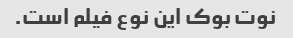
نوت بوک این نوع فیلم است.